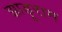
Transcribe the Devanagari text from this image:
झाड़ूराम